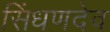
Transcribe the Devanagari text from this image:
सिंधणदेव